Document type: Enfranchisement
Year: 1297
Scribe: Jaume de Trilla
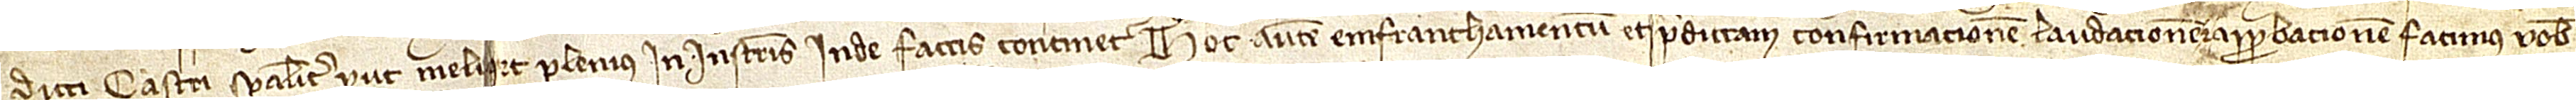
dicti castri specialiter, prout melius et plenius in instrumentis inde factis continetur. Hoc autem enfranchamentum et predictam confirmacioem, laudacionem et approbacionem facimus vobis